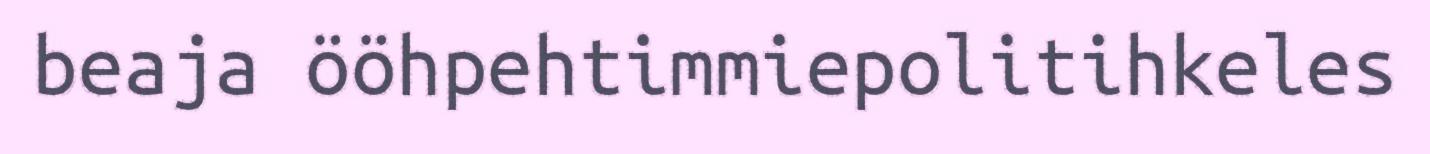
beaja ööhpehtimmiepolitihkeles